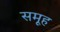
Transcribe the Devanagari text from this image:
समूूह